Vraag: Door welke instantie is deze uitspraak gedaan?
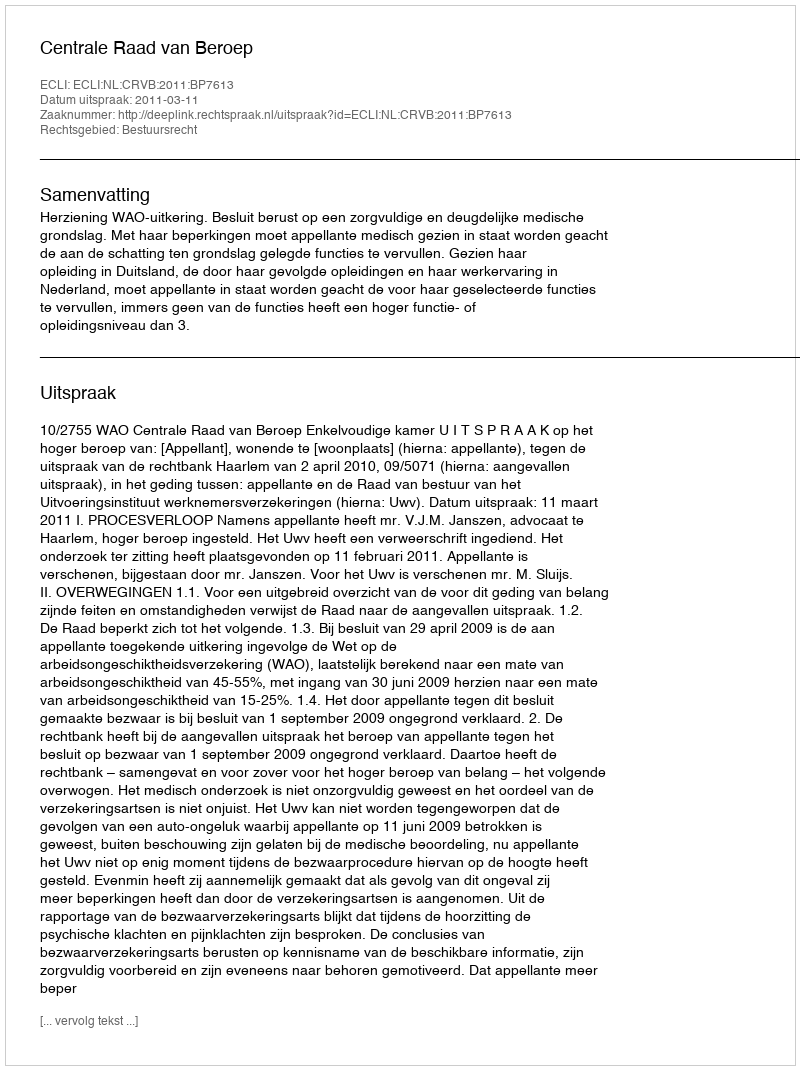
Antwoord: Centrale Raad van Beroep